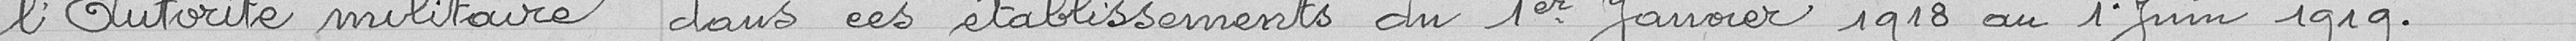
l'Autorité militaire dans ces établissements du 1er Janvier 1918 au 1er Juin 1919